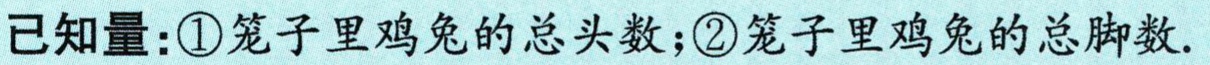
已知量：\textcircled{1}笼子里鸡兔的总头数；\textcircled{2}笼子里鸡兔的总脚数.